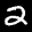
Label: 2